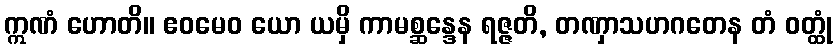
ဣဏံ ဟောတိ။ ဧဝမေဝ ယော ယမှိ ကာမစ္ဆန္ဒေန ရဇ္ဇတိ, တဏှာသဟဂတေန တံ ဝတ္ထုံ